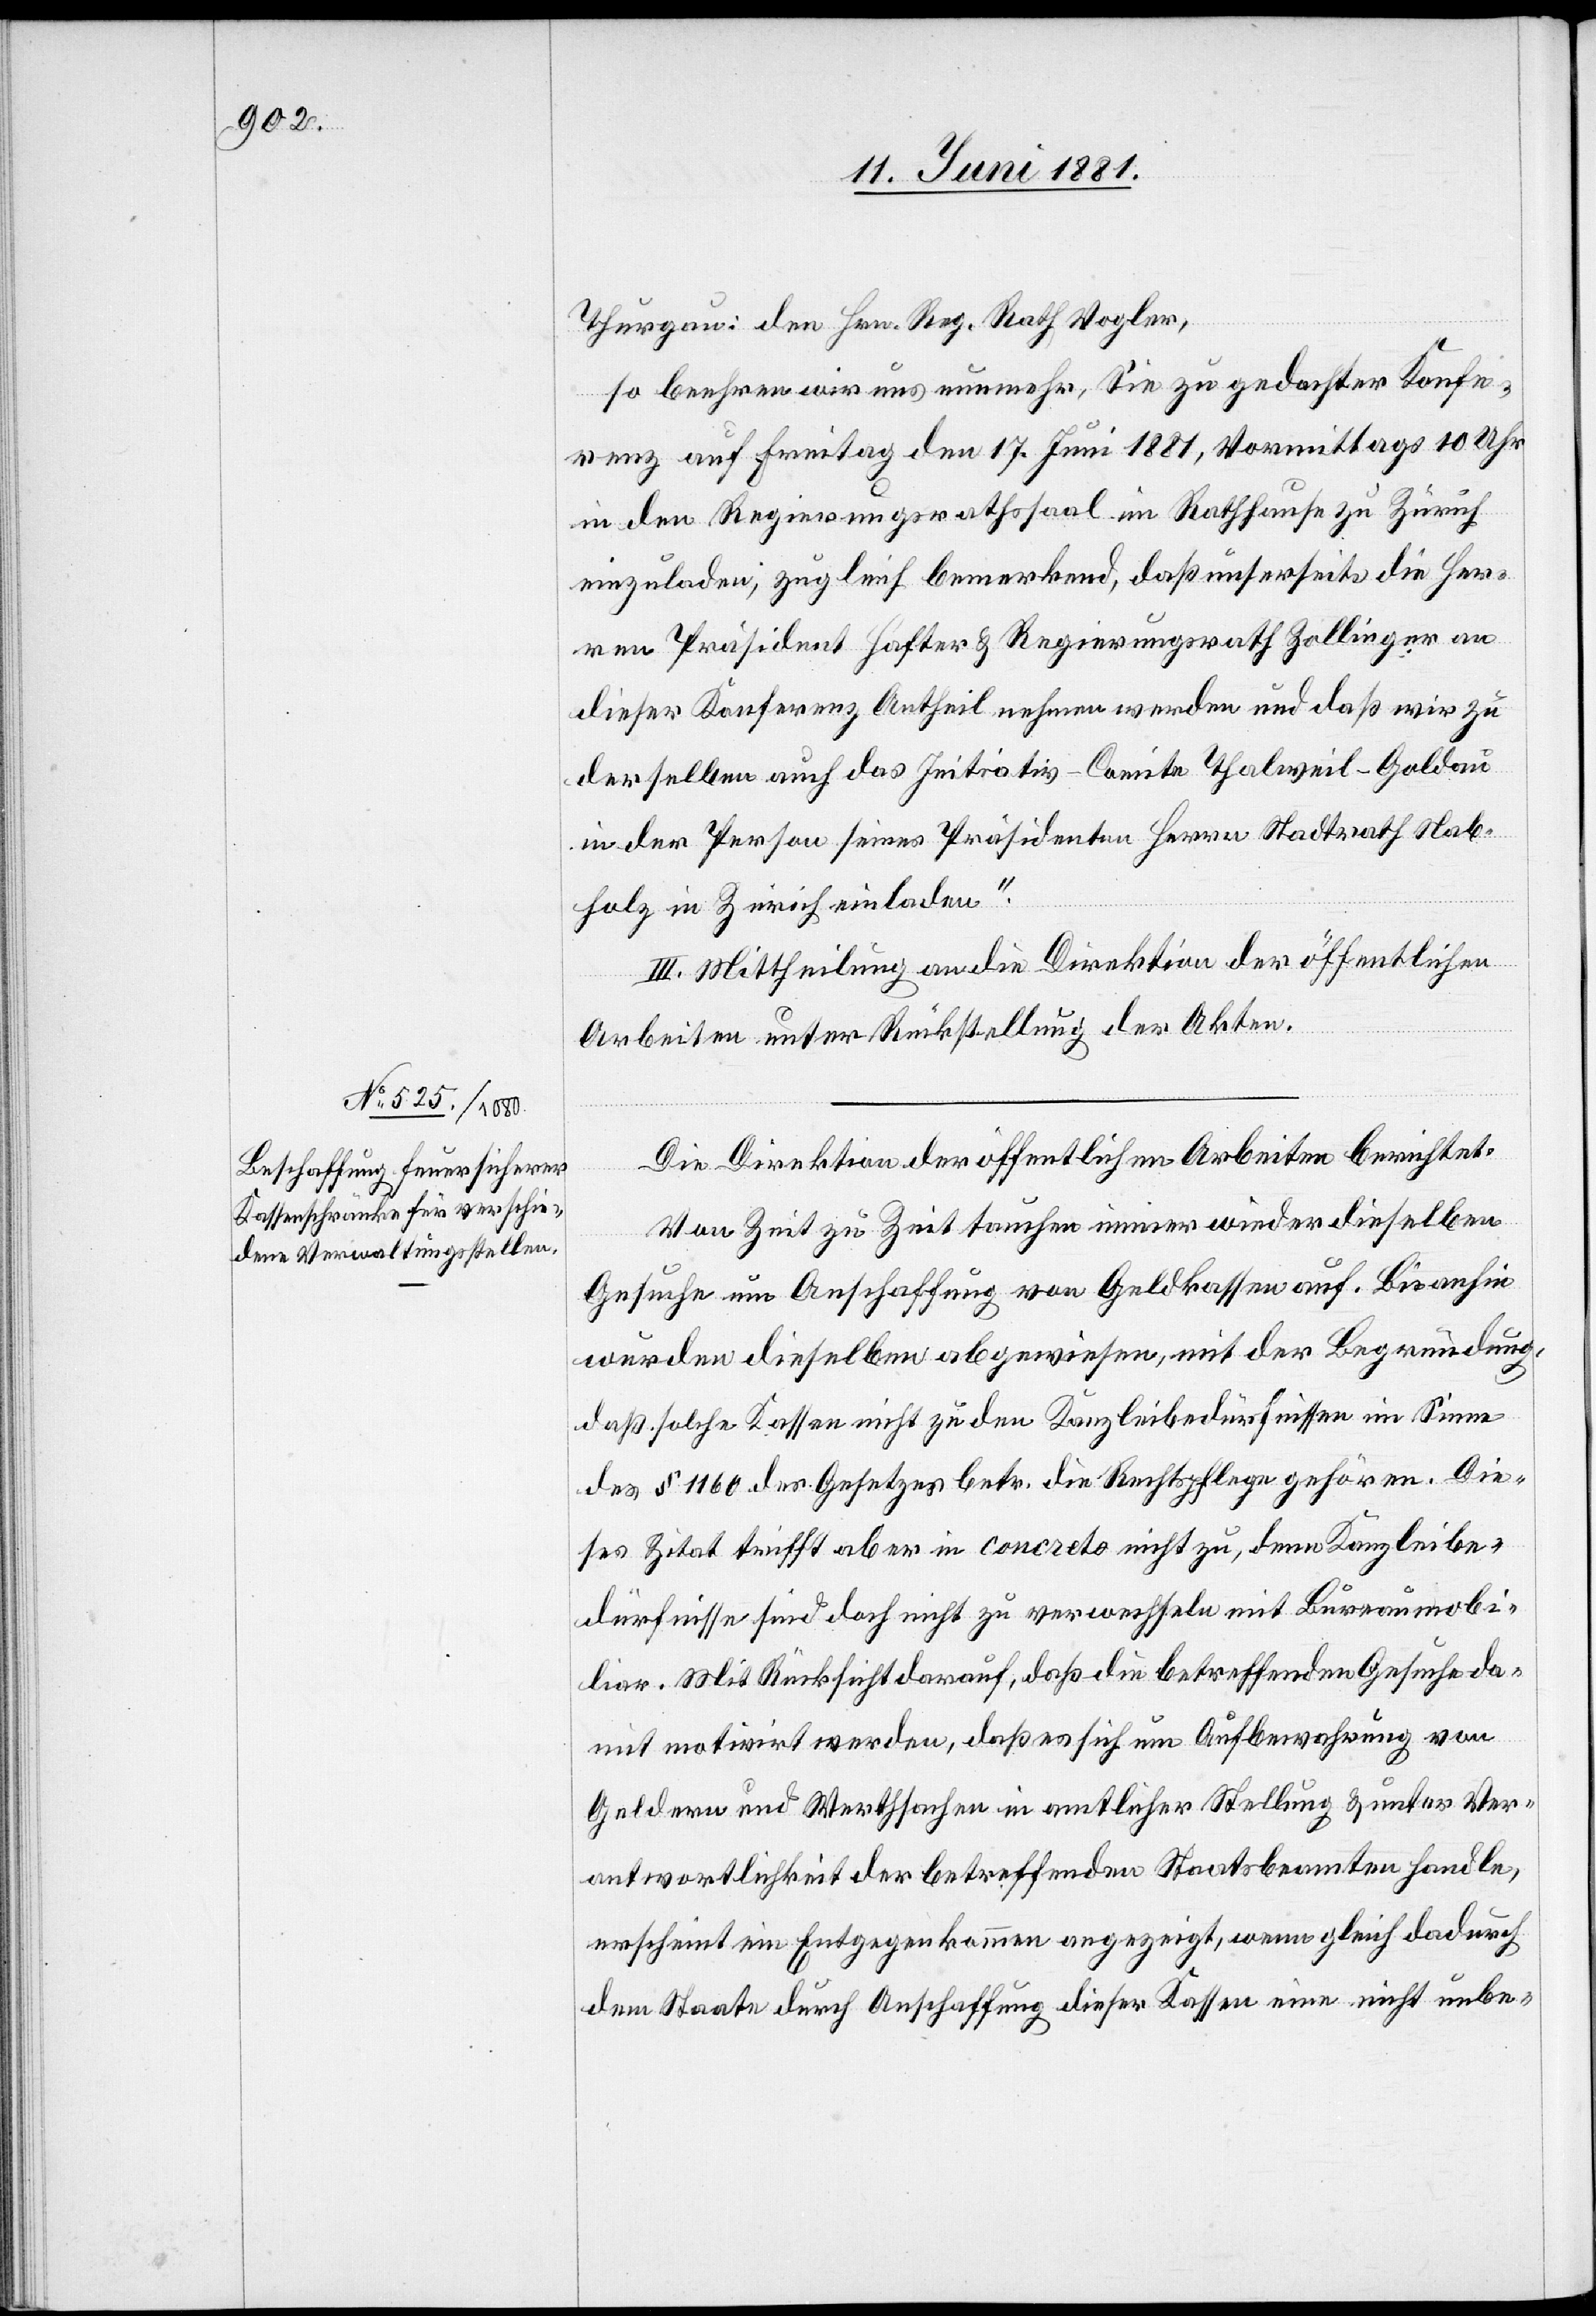
so beehren wir uns nunmehr, Sie zu gedachter Konfe¬
renz auf Freitag den 17. Juni 1881, Vormittags 10 Uhr
in den Regierungsrathssaal im Rathhause zu Zürich
einzuladen, zugleich bemerkend, daß unserseits die Her¬
ren Präsident Hafter & Regierungsrath Zollinger an
dieser Konferenz Antheil nehmen werden und daß wir zu
derselben auch das Initiativ-Comite Thalweil–Goldau
in der Person seines Präsidenten Herrn Stadtrath Nab¬
den
holz in Zürich einladen.“
III. Mittheilung an die Direktion der öffentlichen
Arbeiten unter Rückstellung der Akten.
Die Direktion der öffentlichen Arbeiten berichtet:
Von Zeit zu Zeit tauchen immer wieder dieselben
Gesuche um Anschaffung von Geldkassen auf. Bis anhin
wurden dieselben abgewiesen, mit der Begründung,
daß solche Kassen nicht zu den Kanzleibedürfnissen im Sinne
des § 1160 des Gesetzes betr. die Rechtspflege gehören. Die¬
ses Zitat trifft aber in concreto nicht zu, denn Kanzleibe¬
dürfnisse sind doch nicht zu verwechseln mit Bureaumobi¬
liar. Mit Rücksicht darauf, daß die betreffenden Gesuche da¬
mit motivirt werden, daß es sich um Aufbewahrung von
Geldern und Werthsachen in amtlicher Stellung & unter Ver¬
antwortlichkeit der betreffenden Staatsbeamten handle,
erscheint ein Entgegenkommen angezeigt, wenn gleich dadurch
dem Staate durch Anschaffung dieser Kassen eine nicht unbe-